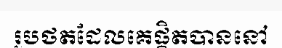
រូបថតដែលគេផ្តិតបាននៅ